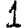
Digit: 1